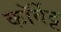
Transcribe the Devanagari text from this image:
कॉर्वेट्ट